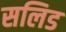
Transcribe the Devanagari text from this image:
सलिड